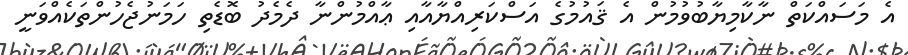
އެ މަސައްކަތް ނާކާމިޔާބުވުމުން އެ ޤައުމުގެ އަސްކަރިއްޔާއާއި ޢާއްމުންނާ ދެމެދު ބޮޑެތި ހަމަނުޖެހުންތަކެއްވަނީ